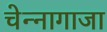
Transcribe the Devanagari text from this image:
चेन्‍नागाजा